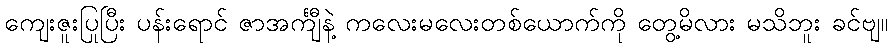
ကျေးဇူးပြုပြီး ပန်းရောင် ဇာအင်္ကျီနဲ့ ကလေးမလေးတစ်ယောက်ကို တွေ့မိလား မသိဘူး ခင်ဗျ။